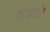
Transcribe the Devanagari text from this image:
अडचणींत